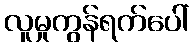
လူမှုကွန်ရက်ပေါ်